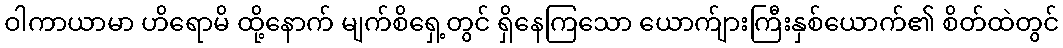
ဝါကာယာမာ ဟိရောမိ ထို့နောက် မျက်စိရှေ့တွင် ရှိနေကြသော ယောက်ျားကြီးနှစ်ယောက်၏ စိတ်ထဲတွင်